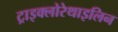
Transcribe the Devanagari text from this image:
ट्राइक्लोरेथाइलिन